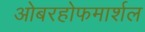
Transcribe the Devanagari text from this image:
ओबरहोफमार्शल